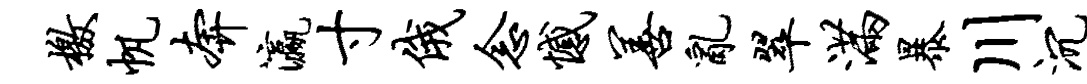
檄帆奔瀛寸俄念憾善乱翠满暴川沉